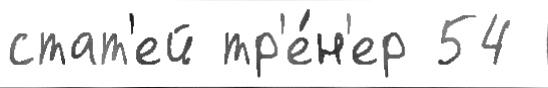
стат'ей тр'е́н'ер 54